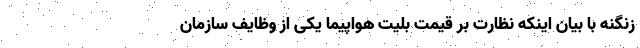
زنگنه با بیان اینکه نظارت بر قیمت بلیت هواپیما یکی از وظایف سازمان